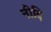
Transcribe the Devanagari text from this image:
नीदि